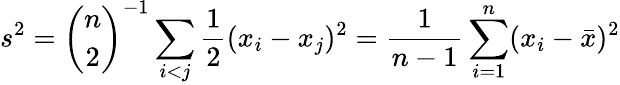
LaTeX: s^{2}={\binom{n}{2}}^{-1}\sum_{i<j}{\frac{1}{2}}(x_{i}-x_{j})^{2}={\frac{1}{n-1}}\sum_{i=1}^{n}(x_{i}-{\bar{x}})^{2}